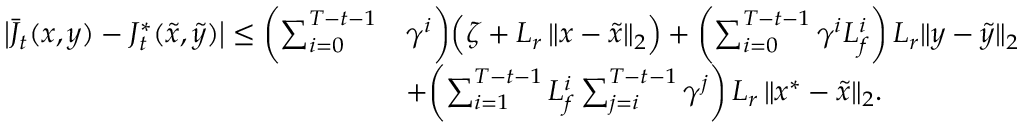
\begin{array} { r l } { \bigl | \bar { J } _ { t } ( x , y ) - J _ { t } ^ { * } ( \tilde { x } , \tilde { y } ) \bigr | \leq \biggl ( \sum _ { i = 0 } ^ { T - t - 1 } } & { \gamma ^ { i } \biggr ) \Bigl ( \zeta + L _ { r } \, \| x - \tilde { x } \| _ { 2 } \Bigr ) + \biggl ( \sum _ { i = 0 } ^ { T - t - 1 } \gamma ^ { i } L _ { f } ^ { i } \biggr ) \, L _ { r } \| y - \tilde { y } \| _ { 2 } } \\ & { + \biggl ( \sum _ { i = 1 } ^ { T - t - 1 } L _ { f } ^ { i } \sum _ { j = i } ^ { T - t - 1 } \gamma ^ { j } \biggr ) \, L _ { r } \, \| x ^ { * } - \tilde { x } \| _ { 2 } . } \end{array}